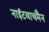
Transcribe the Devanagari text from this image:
नाईटवाचमैन